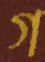
গ